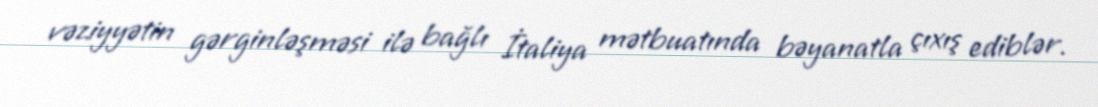
vəziyyətin gərginləşməsi ilə bağlı İtaliya mətbuatında bəyanatla çıxış ediblər.